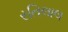
રતિલાલ